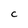
Character: c